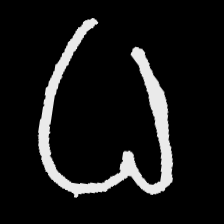
Pyu character \u2014 Myanmar letter: ဓ (romanized: dha)